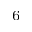
{ _ 6 }